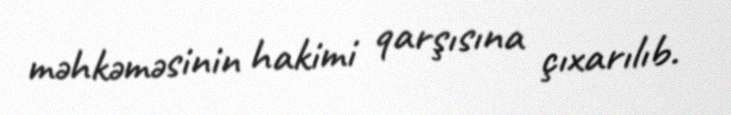
məhkəməsinin hakimi qarşısına çıxarılıb.